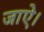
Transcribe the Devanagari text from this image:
जाऐ।